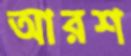
আরশ